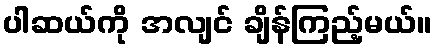
ပါဆယ်ကို အလျင် ချိန်ကြည့်မယ်။